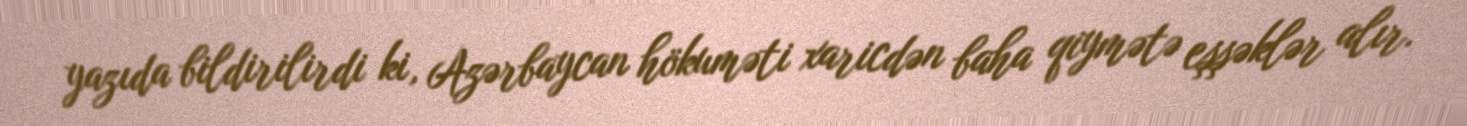
yazıda bildirilirdi ki, Azərbaycan hökuməti xaricdən baha qiymətə eşşəklər alır.